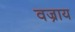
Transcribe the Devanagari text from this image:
वज्राय